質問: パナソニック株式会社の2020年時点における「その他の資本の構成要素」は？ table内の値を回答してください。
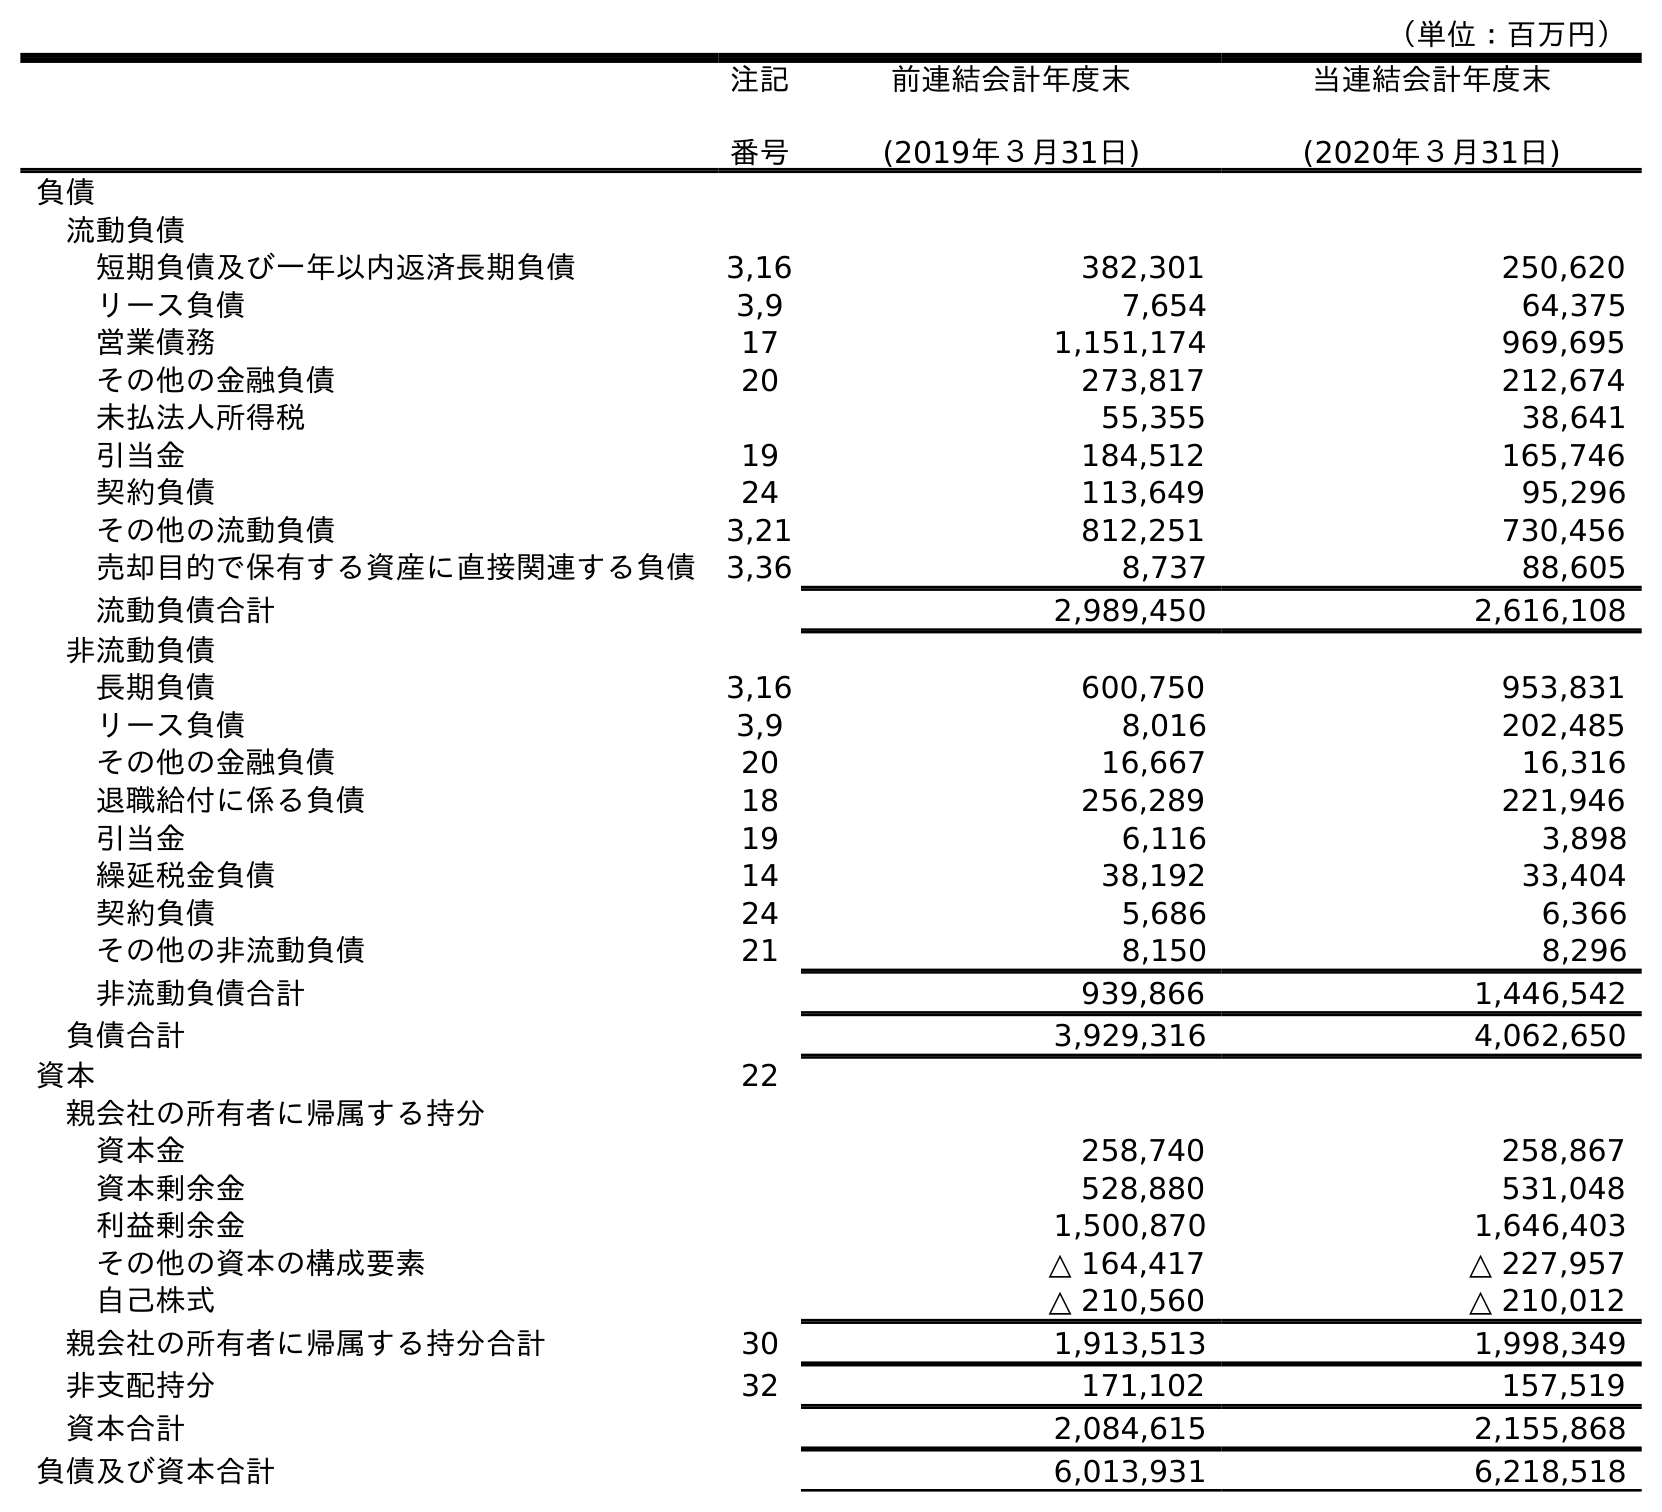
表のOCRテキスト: （単位：百万円） 注記 番号 前連結会計年度末 (2019年３月31日) 当連結会計年度末 (2020年３月31日) 負債 流動負債 短期負債及び一年以内返済長期負債 3,16 382,301 250,620 リース負債 3,9 7,654 64,375 営業債務 17 1,151,174 969,695 その他の金融負債 20 273,817 212,674 未払法人所得税 55,355 38,641 引当金 19 184,512 165,746 契約負債 24 113,649 95,296 その他の流動負債 3,21 812,251 730,456 売却目的で保有する資産に直接関連する負債 3,36 8,737 88,605 流動負債合計 2,989,450 2,616,108 非流動負債 長期負債 3,16 600,750 953,831 リース負債 3,9 8,016 202,485 その他の金融負債 20 16,667 16,316 退職給付に係る負債 18 256,289 221,946 引当金 19 6,116 3,898 繰延税金負債 14 38,192 33,404 契約負債 24 5,686 6,366 その他の非流動負債 21 8,150 8,296 非流動負債合計 939,866 1,446,542 負債合計 3,929,316 4,062,650 資本 22 親会社の所有者に帰属する持分 資本金 258,740 258,867 資本剰余金 528,880 531,048 利益剰余金 1,500,870 1,646,403 その他の資本の構成要素 △ 164,417 △ 227,957 自己株式 △ 210,560 △ 210,012 親会社の所有者に帰属する持分合計 30 1,913,513 1,998,349 非支配持分 32 171,102 157,519 資本合計 2,084,615 2,155,868 負債及び資本合計 6,013,931 6,218,518
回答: △227,957